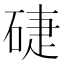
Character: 𥓐